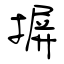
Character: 摒